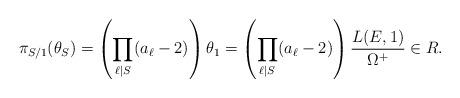
LaTeX: \begin{align*}\pi_{S/1}(\theta_S) = \left(\prod_{\ell|S}(a_{\ell}-2)\right)\theta_1=\left(\prod_{\ell|S}(a_{\ell}-2)\right)\frac{L(E,1)}{\Omega^{+}}\in R.\end{align*}